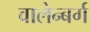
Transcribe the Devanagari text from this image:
वालेन्बर्ग